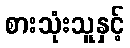
စားသုံးသူနှင့်